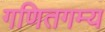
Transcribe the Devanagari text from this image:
गणितगम्य